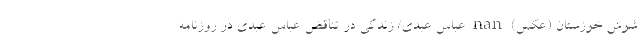
شوش خوزستان (عکس) nan عباس عبدی/ زندگی در تناقض عباس عبدی در روزنامه